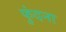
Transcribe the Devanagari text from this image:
फुंदना